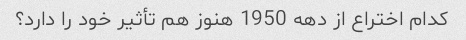
کدام اختراع از دهه 1950 هنوز هم تأثیر خود را دارد؟